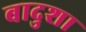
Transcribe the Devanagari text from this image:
बादुशा